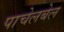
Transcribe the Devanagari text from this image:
पाचेलबेल